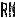
RM